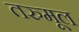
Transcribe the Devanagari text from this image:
तरुमूल